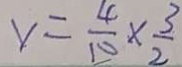
y = \frac { 4 } { 1 0 } \times \frac { 3 } { 2 }